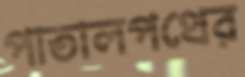
পাতালপথের